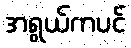
အရွယ်ကပင်